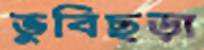
ভুবিছড়া